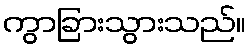
ကွာခြားသွားသည်။